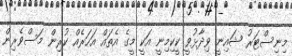
މިނިސްޓަރު ޝައިނީ ވިދާޅުވީ ކީކިމިނީ އަކީ މީގެ އެތައް އަހަރެއް ކުރިން މަސްވެރިން